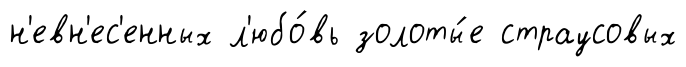
н'евн'ес'енных л'юбо́вь золоты́е страусовых